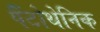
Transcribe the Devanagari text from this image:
पैंटोथेनिक